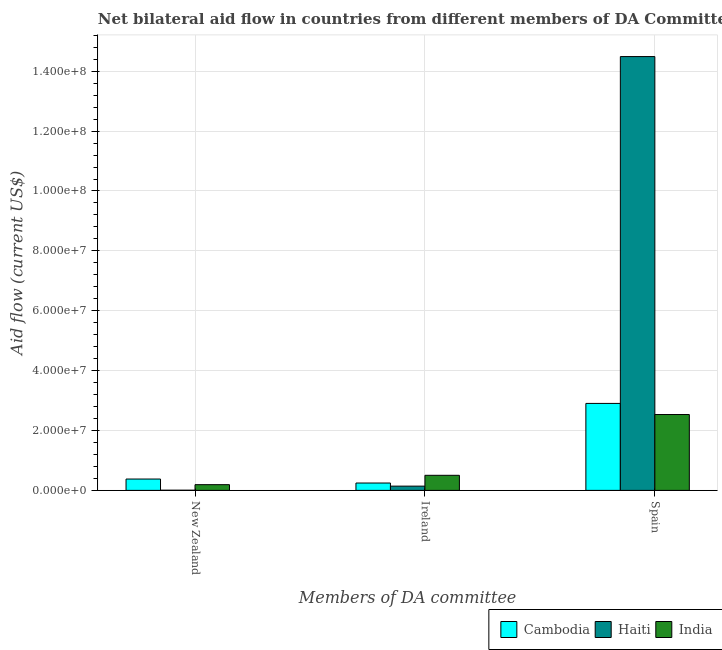
| Members of DA committee | Cambodia | Haiti | India |
 | --- | --- | --- | --- |
 | New Zealand | 3.79e+06 | 6e+04 | 1.91e+06 |
 | Ireland | 2.46e+06 | 1.42e+06 | 5.04e+06 |
 | Spain | 2.90e+07 | 1.45e+08 | 2.53e+07 |